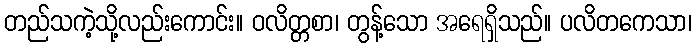
တည်သကဲ့သို့လည်းကောင်း။ ဝလိတ္တစာ၊ တွန့်သော အရေရှိသည်။ ပလိတကေသာ၊